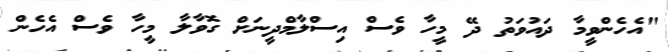
"އެހެންވީމާ ދައުވަތު ދޭ މީހާ ވެސް އިސްލާމްދީނަށް ގޮވާލާ މީހާ ވެސް އެހެން